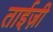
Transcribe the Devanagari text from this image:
ताईज़ी